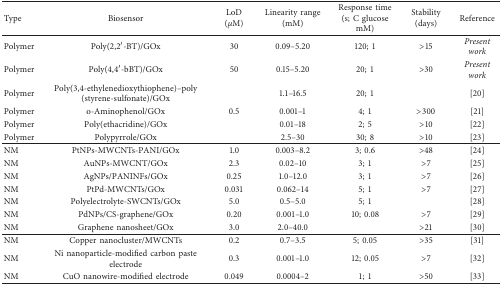
| Type | Biosensor | LoD (μM) | Linearity range (mM) | Response time (s; C glucose mM) | Stability (days) | Reference |
 | --- | --- | --- | --- | --- | --- | --- |
 | Polymer | Poly(2,2′-BT)/GOx | 30 | 0.09–5.20 | 120; 1 | >15 | Present work |
 | Polymer | Poly(4,4′-bBT)/GOx | 50 | 0.15–5.20 | 20; 1 | >30 | Present work |
 | Polymer | Poly(3,4-ethylenedioxythiophene)–poly(styrene-sulfonate)/GOx |  | 1.1–16.5 | 20; 1 |  | [20] |
 | Polymer | o-Aminophenol/GOx | 0.5 | 0.001–1 | 4; 1 | >300 | [21] |
 | Polymer | Poly(ethacridine)/GOx |  | 0.01–18 | 2; 5 | >10 | [22] |
 | Polymer | Polypyrrole/GOx |  | 2.5–30 | 30; 8 | >10 | [23] |
 | NM | PtNPs-MWCNTs-PANI/GOx | 1.0 | 0.003–8.2 | 3; 0.6 | >48 | [24] |
 | NM | AuNPs-MWCNT/GOx | 2.3 | 0.02–10 | 3; 1 | >7 | [25] |
 | NM | AgNPs/PANINFs/GOx | 0.25 | 1.0–12.0 | 3; 1 | >7 | [26] |
 | NM | PtPd-MWCNTs/GOx | 0.031 | 0.062–14 | 5; 1 | >7 | [27] |
 | NM | Polyelectrolyte-SWCNTs/GOx | 5.0 | 0.5–5.0 | 5; 1 |  | [28] |
 | NM | PdNPs/CS-graphene/GOx | 0.20 | 0.001–1.0 | 10; 0.08 | >7 | [29] |
 | NM | Graphene nanosheet/GOx | 3.0 | 2.0–40.0 |  | >21 | [30] |
 | NM | Copper nanocluster/MWCNTs | 0.2 | 0.7–3.5 | 5; 0.05 | >35 | [31] |
 | NM | Ni nanoparticle-modified carbon paste electrode | 0.3 | 0.001–1.0 | 12; 0.05 | >7 | [32] |
 | NM | CuO nanowire-modified electrode | 0.049 | 0.0004–2 | 1; 1 | >50 | [33] |